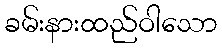
ခမ်းနားထည်ဝါသော